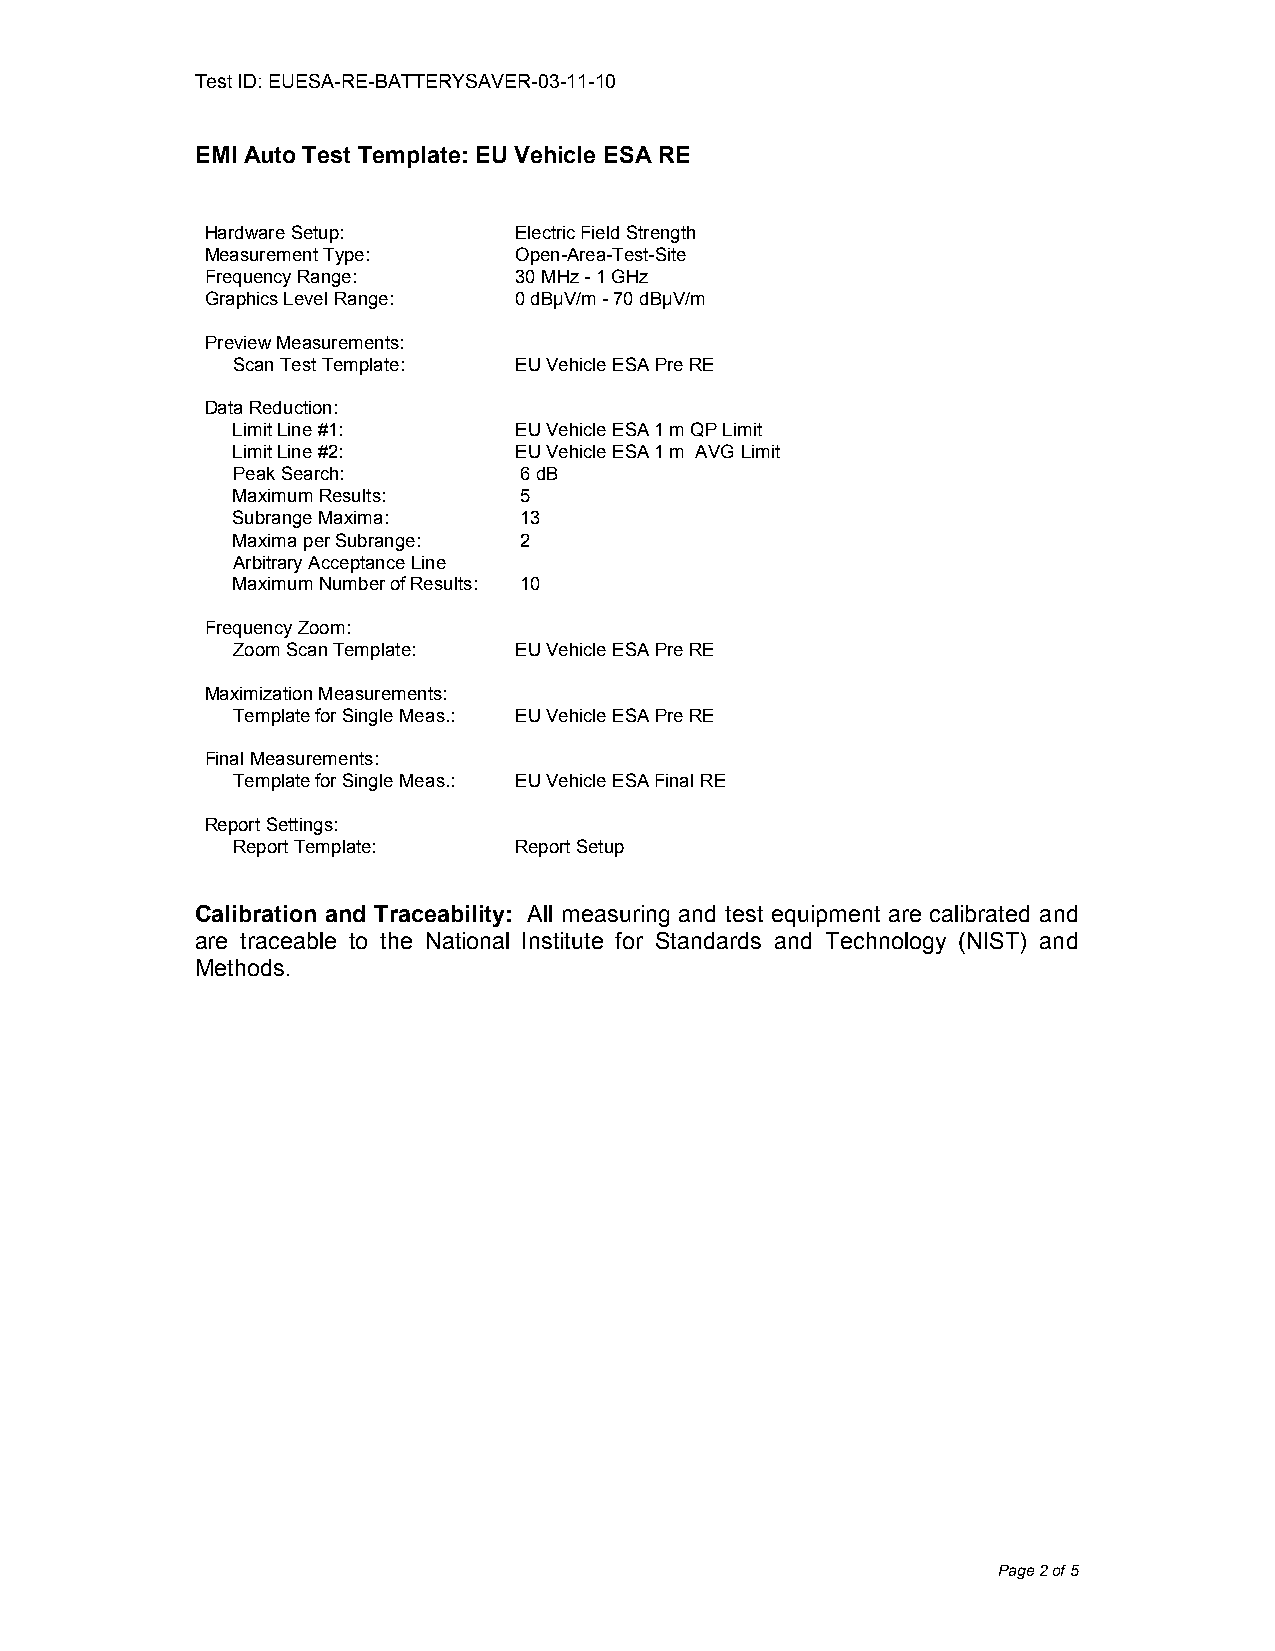
Test ID: EUESA-RE-BATTERYSAVER-03-11-10
 EMI Auto Test Template: EU Vehicle ESA RE
 Hardware Setup:     Electric Field Strength
 Measurement Type:   Open-Area-Test-Site
 Frequency Range:    30 MHz - 1 GHz
 Graphics Level Range: 0 dBµV/m - 70 dBµV/m
 Preview Measurements:
 Scan Test Template: EU Vehicle ESA Pre RE
 Data Reduction:
 Limit Line #1:     EU Vehicle ESA 1 m QP Limit
 Limit Line #2:     EU Vehicle ESA 1 m AVG Limit
 Peak Search:       6 dB
 Maximum Results:   5
 Subrange Maxima:   13
 Maxima per Subrange: 2
 Arbitrary Acceptance Line
 Maximum Number of Results: 10
 Frequency Zoom:
 Zoom Scan Template: EU Vehicle ESA Pre RE
 Maximization Measurements:
 Template for Single Meas.: EU Vehicle ESA Pre RE
 Final Measurements:
 Template for Single Meas.: EU Vehicle ESA Final RE
 Report Settings:
 Report Template:   Report Setup
 Calibration and Traceability: All measuring and test equipment are calibrated and
 are traceable to the National Institute for Standards and Technology (NIST) and
 Methods.
 Page 2 of 5